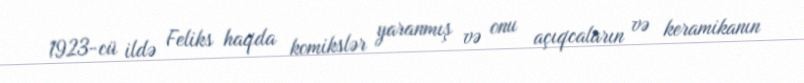
1923-cü ildə Feliks haqda komikslər yaranmış və onu açıqcaların və keramikanın